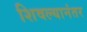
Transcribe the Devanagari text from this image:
शिवल्यानंतर